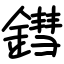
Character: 鏏